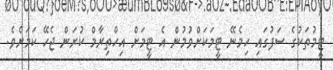
ޓީމުތަކުގެ ސަފުގައި ހިމެނޭ ޓީމަކަށްވުމުން އެ ޓީމަށް އިހްތިރާމް ކުރަން ޖެހޭ ކަމަށެވެ.